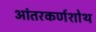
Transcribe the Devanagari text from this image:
आंतरकर्णशोथ